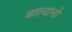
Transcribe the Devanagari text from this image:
वाल्दानो